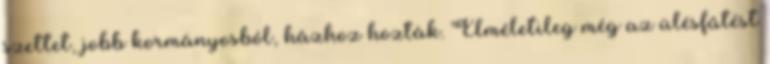
szettet, jobb kormányosból, házhoz hozták. Elméletileg még az ülésfűtést